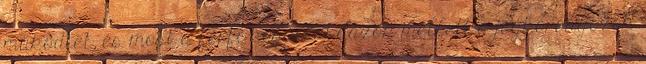
működtet, és most a férfi kosárlabdázók mellett a jégkorongozók